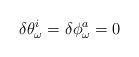
LaTeX: \begin{align*}\delta\theta_\omega^i =\delta\phi_\omega^a =0\end{align*}